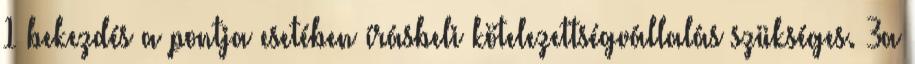
1 bekezdés a pontja esetében írásbeli kötelezettségvállalás szükséges. 3a